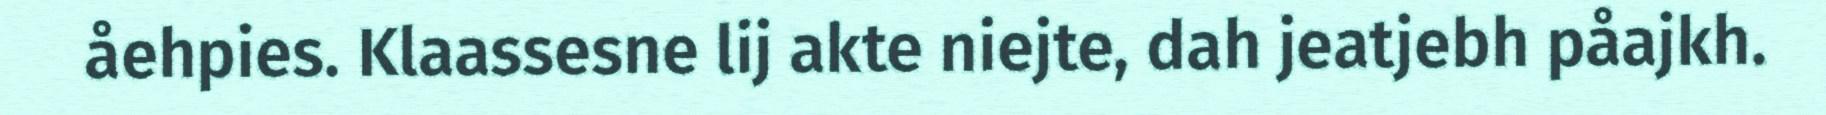
åehpies. Klaassesne lij akte niejte, dah jeatjebh påajkh.